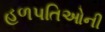
હળપતિઓની